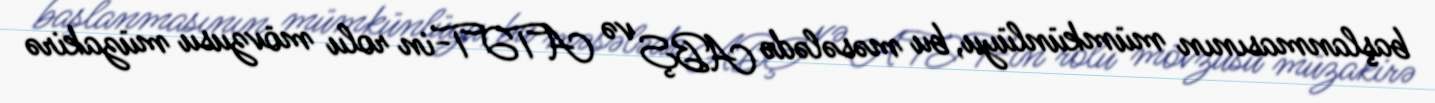
başlanmasının mümkünlüyu, bu məsələdə ABŞ və ATƏT-in rolu mövzusu müzakirə